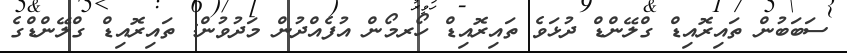
ސަބަބުން ތައިރޮއިޑް ގްލޭންޑް ދުޅަވެ ތައިރޮއިޑް ހޯރމޯން އުފެއްދުން މަދުވުން: ތައިރޮއިޑް ގްލޭންޑްގެ